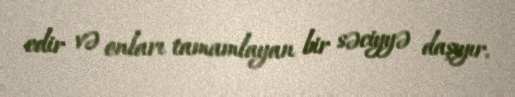
edir və onları tamamlayan bir səciyyə daşıyır.